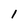
Character: 1